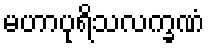
မဟာပုရိသလက္ခဏံ